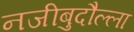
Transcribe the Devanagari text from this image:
नजीबुदौल्ला